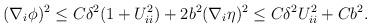
LaTeX: \begin{align*}\begin{aligned}(\nabla_{i} \phi)^2 \leq C \delta^2 (1 + U_{ii}^2) + 2 b^2 (\nabla_{i} \eta)^2 \leq C \delta^2 U_{ii}^2 + C b^2.\end{aligned}\end{align*}